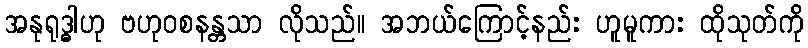
အနုရုဒ္ဓါဟု ဗဟုဝစနန္တသာ လိုသည်။ အဘယ်ကြောင့်နည်း ဟူမူကား ထိုသုတ်ကို